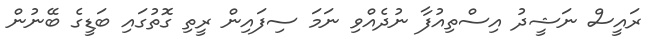
ރައީސް ނަޝީދު އިސްތިއުފާ ނުދެއްވި ނަމަ ސިފައިން ރީތި ގޮތުގައި ބަޑީގެ ބޭނުން